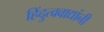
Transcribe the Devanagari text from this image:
हिंदुत्ववाद्यांनी